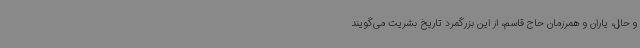
و حال، یاران و همرزمان حاج قاسم، از این بزرگمرد تاریخ بشریت می‌گویند